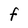
Character: f